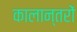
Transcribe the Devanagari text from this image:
कालान्तरों